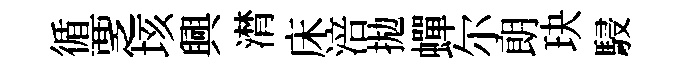
循覂垓興潸床涪拋蟬尔朗玦駸